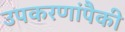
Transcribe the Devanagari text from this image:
उपकरणांपैकी